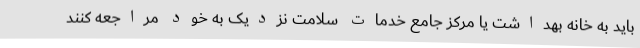
باید به خانه بهداشت یا مرکز جامع خدمات سلامت نزدیک به خود مراجعه کنند